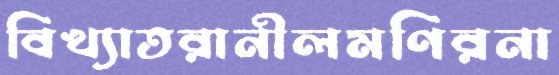
বিখ্যাতরানীলমণিরনা